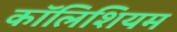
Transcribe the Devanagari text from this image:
कॉलिशियम